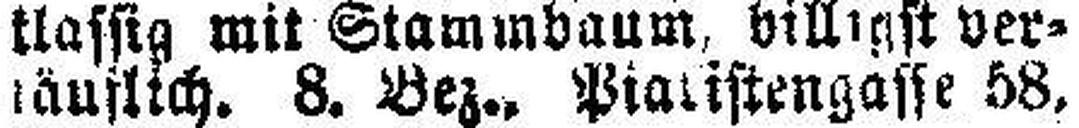
käuflich. 8. Bez., Piaristengasse 58,